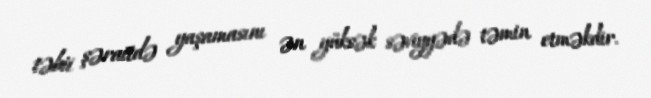
təbii şəraitdə yaşamasını ən yüksək səviyyədə təmin etməkdir.